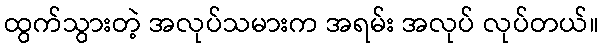
ထွက်သွားတဲ့ အလုပ်သမားက အရမ်း အလုပ် လုပ်တယ်။